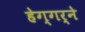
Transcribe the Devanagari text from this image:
हेग्गर्ने